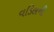
વડિલની